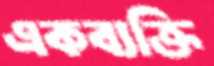
একব্যক্তি